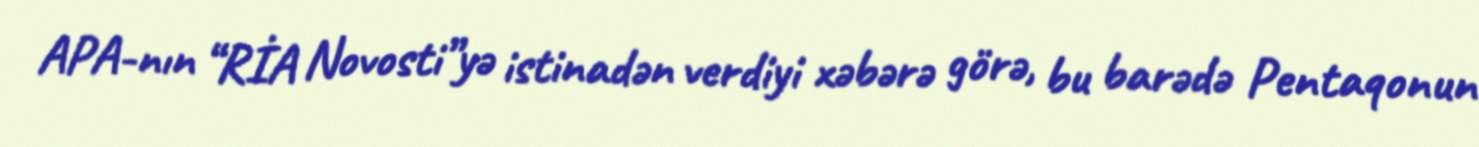
APA-nın “RİA Novosti”yə istinadən verdiyi xəbərə görə, bu barədə Pentaqonun